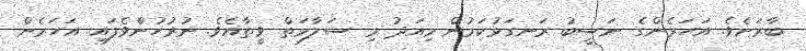
ބާރަށެވެ. އަހަރެންގެ ނަސީބު ރަނގަޅުކަމުން މިއަދު މި ސަލާމަތް ވީތާއެވެ. ނުރުހުންވެފައި އަހަރެން